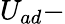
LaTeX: U_{ad}-